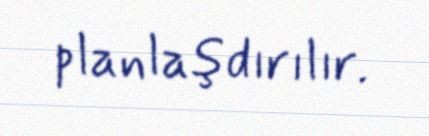
planlaşdırılır.